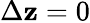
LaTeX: \Delta\mathbf{z}=0